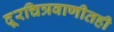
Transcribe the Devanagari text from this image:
दूरचित्रवाणीतही